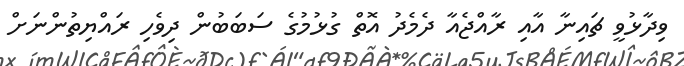
ވިދާޅުވީ ޗައިނާ އާއި ރާއްޖެއާ ދެމެދު އޮތް ގުޅުމުގެ ސަބަބުން ދިވެހި ރައްޔިތުންނަށް